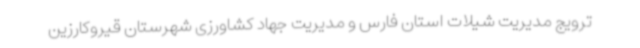
ترویج مدیریت شیلات استان فارس و مدیریت جهاد کشاورزی شهرستان قیروکارزین